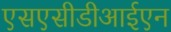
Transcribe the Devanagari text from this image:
एसएसीडीआईएन